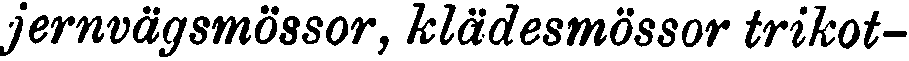
jernvägsmössor, klädesmössor trikot-